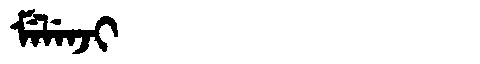
Manchu: ᠮᡝᠯᡝᠨᠵᡳ
Romanization: MELENJI